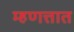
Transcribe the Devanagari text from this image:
म्हणत्तात